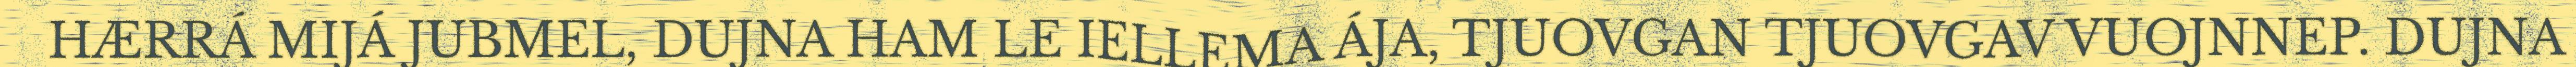
HÆRRÁ MIJÁ JUBMEL, DUJNA HAM LE IELLEMA ÁJA, TJUOVGAN TJUOVGAV VUOJNNEP. DUJNA